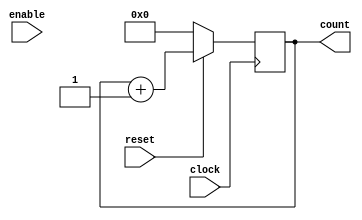
module COUNTER(

    output reg [31:0] count,
    input reset,
    input clock,
    input enable
  
    );
    
  always@(posedge clock) begin
    if(reset == 0)
        count <= 0;
    else
        count <= count + 1;  
end
    
    
    
endmodule